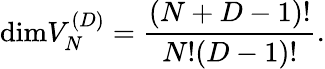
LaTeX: \mathrm{dim}V_{N}^{(D)}={\frac{(N+D-1)!}{N!(D-1)!}}.